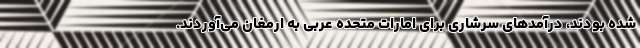
شده بودند، درآمدهای سرشاری برای امارات متحده عربی به ارمغان می‌آوردند.